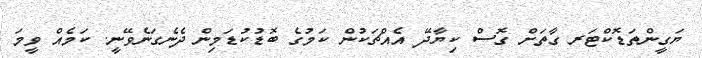
ޔަގީންތަޑޮކްޓަރ ގާތަށް ގޮސް ކިޔާދޭ އެއްޗަކުން ކަމުގެ ބޮޑުކުޑަމިން ދެނެގަނެވޭނީ. ކަމެއް ވީމަ